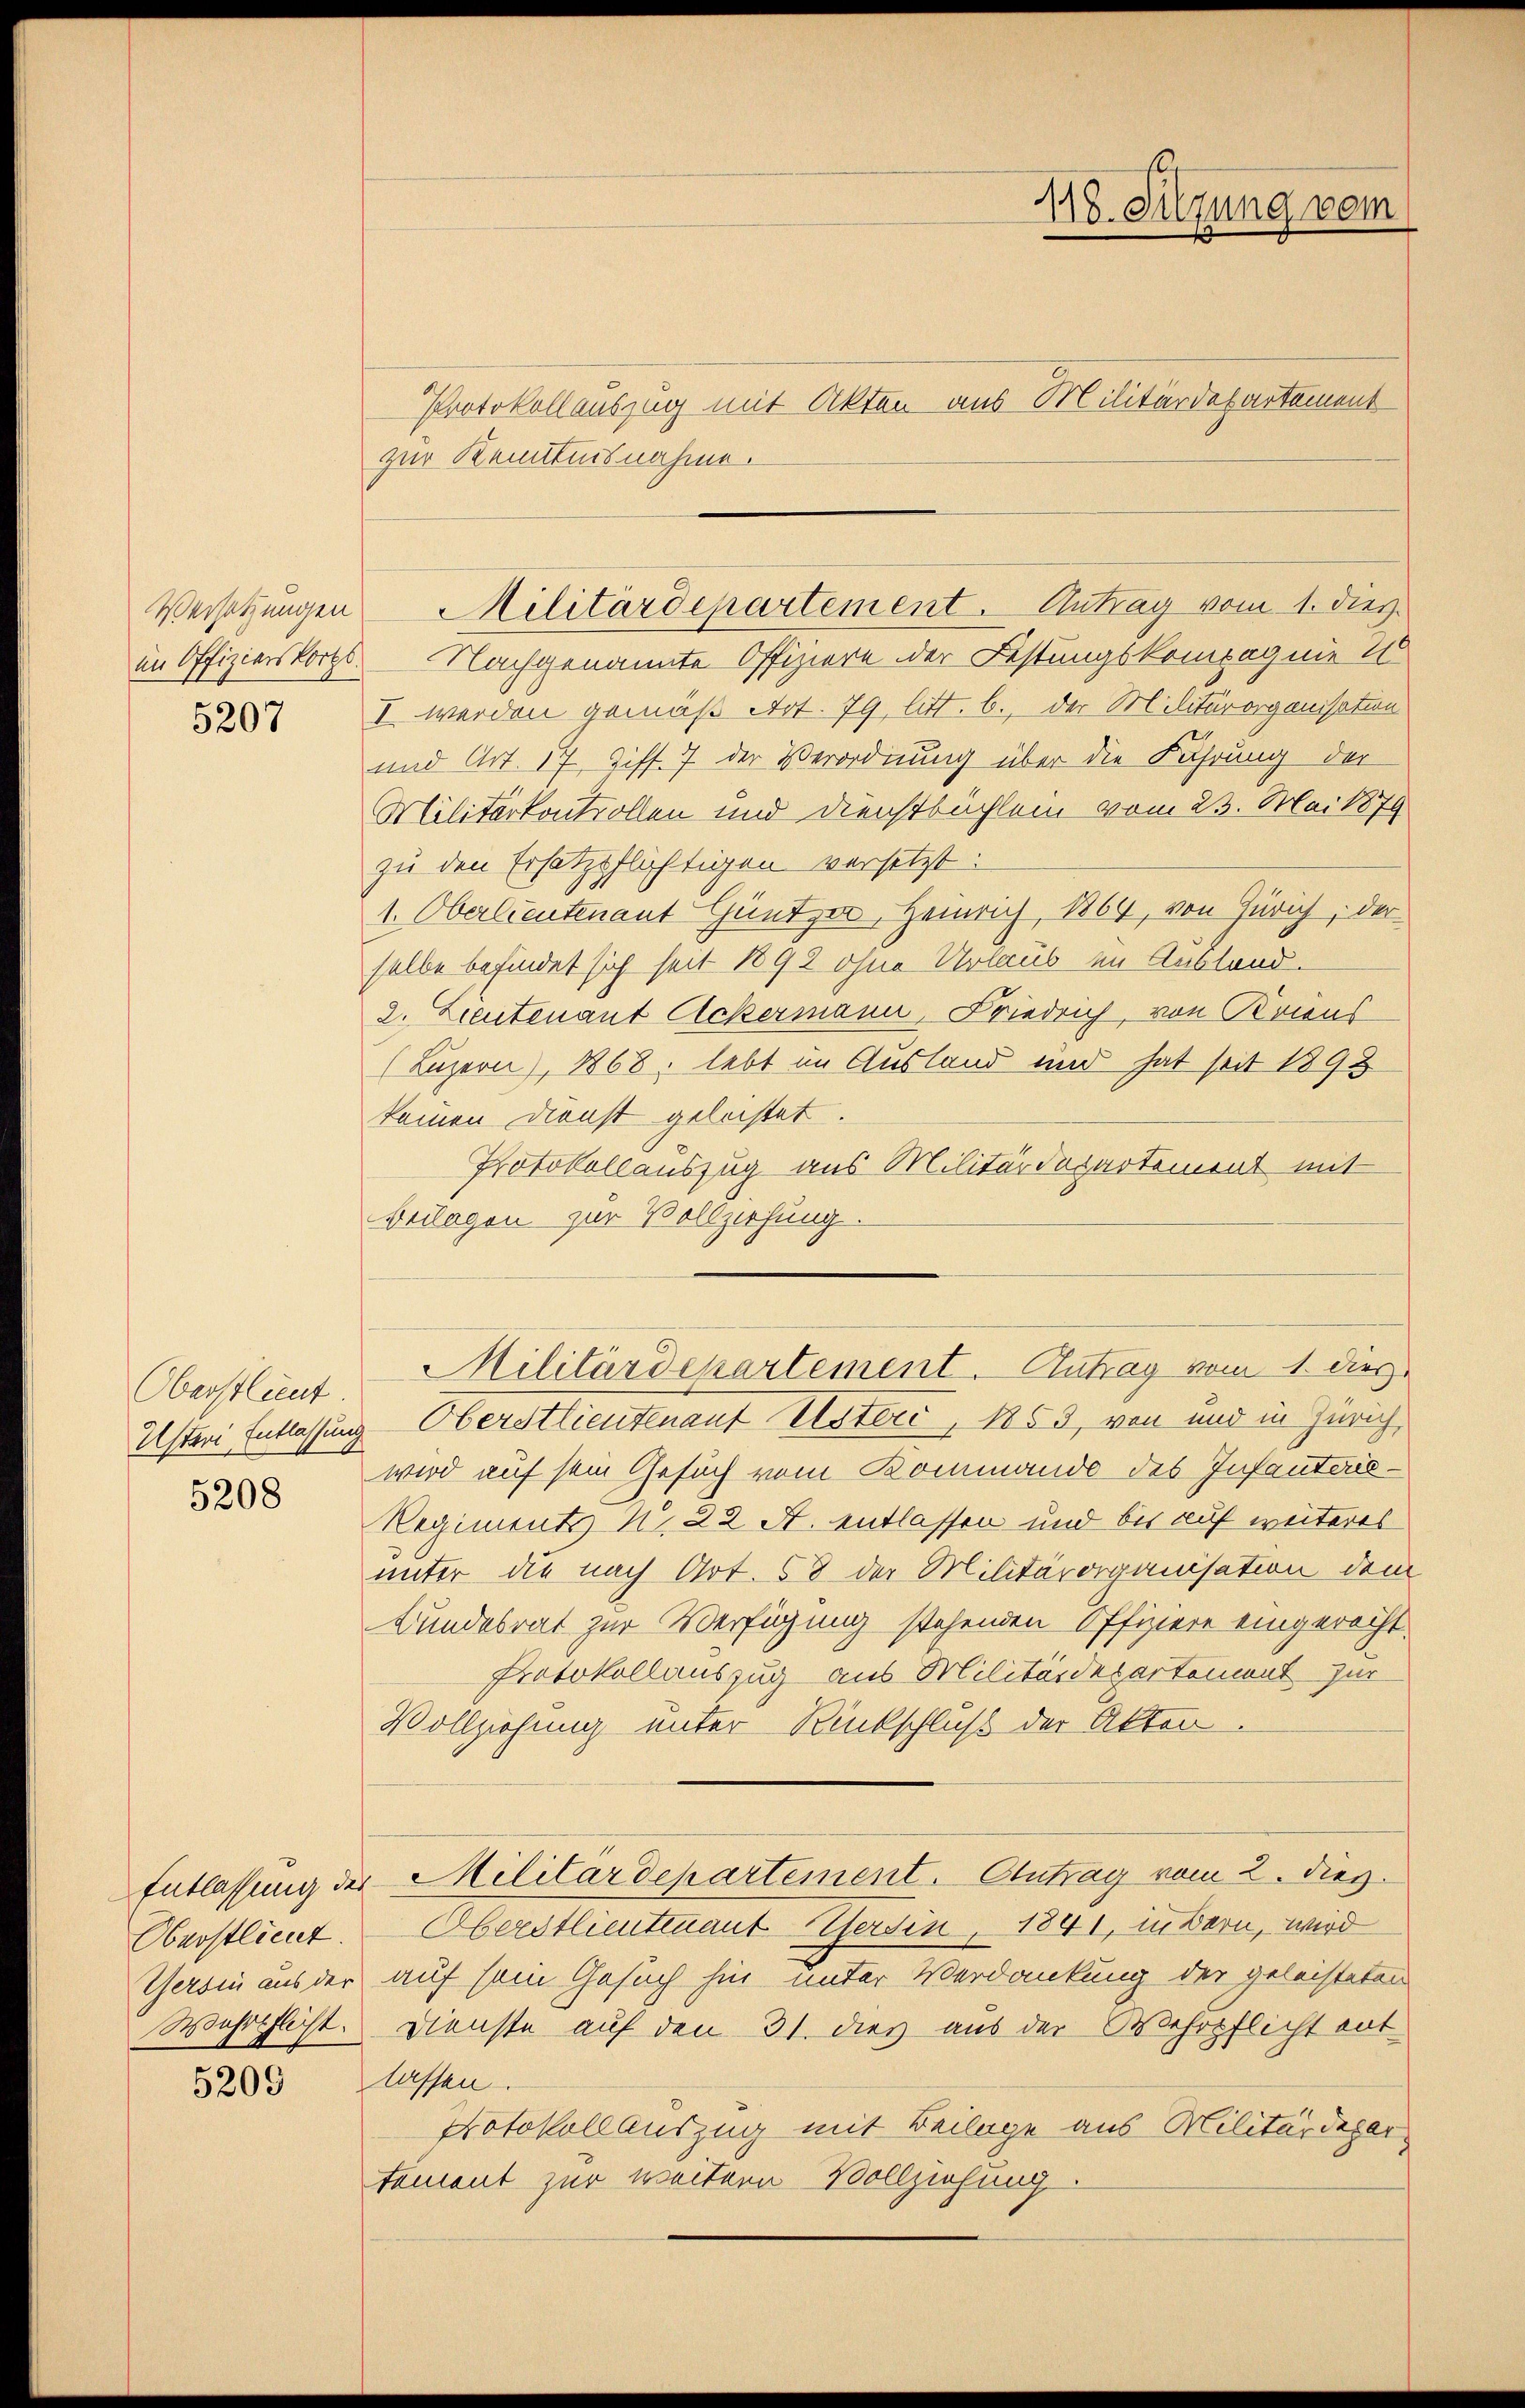
Versetzungen

5207

Oberstlieut.
5208

Oberstlieut.
Wahrschlicht.

5209

Protokollauszug mit Akten aus Militärdepartement
zur Kenntnisnahme.
im Offizierskorts. Nachgenannte Offiziere der Festungskompagnie 1
I. werden gemäß Art. 79 litt. b., der Militärorganisation
und Art. 17, Ziff. 7 der Verordnung über die Führung der
Militärkontrollen und Dienstbüchlein vom 23. Mai 1879
zu den Ersatzpflichtigen versetzt:
1. Oberlieutenant Güntzer, Heinrich, 1864, von Zürich, der
selbe befindet sich seit 1892 ohne Urlaub im Ausland.
2. Lieutenant Ackermann, Friedrich, von Kriens
(Luzern), 1868. lebt im Ausland und hat seit 1898
keinen Dienst geleistet.
Protokollauszug aus Militärdepartement mit
Beilagen zur Vollziehung.
Militärdepartement. Antrag vom 1. dies
Usteri Entlassung Oberstlieutenant Uster, 1853, von und in Zürich
wird auf sein Gesuch vom Kommando des Infanteris¬
Regiments N. 22 A. entlassen und bis auf weiteres
unter die nach Art. 58 der Militärorganisation dem
Bundesrat zur Verfügung stehenden Offiziere eingerecht.
Protokollauszug aus Militärdepartemont zur
Vollziehung unter Rückschluß der Akten.
Entlassung der Militärdepartement. Antrag vom 2. dies
Oberstlieutenant Versin, 1841, in Bern, wird
Versin aus der auf sein Gesuch hin unter Verdankung der geleisteten
Dienste auf den 31. dies aus der Wehrpflicht entlassen.
Protokollauszug mit Beilage aus Militärdepar
tement zur weitern Vollziehung.

118. Sitzung vom

Militärdepartement. Antrag vom 1. dies